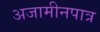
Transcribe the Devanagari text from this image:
अजामीनपात्र